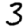
Digit: 3